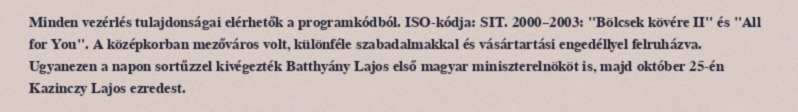
Minden vezérlés tulajdonságai elérhetők a programkódból. ISO-kódja: SIT. 2000–2003: "Bölcsek kövére II" és "All for You". A középkorban mezőváros volt, különféle szabadalmakkal és vásártartási engedéllyel felruházva. Ugyanezen a napon sortűzzel kivégezték Batthyány Lajos első magyar miniszterelnököt is, majd október 25-én Kazinczy Lajos ezredest.